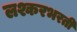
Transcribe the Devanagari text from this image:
लश्करभरती